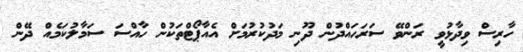
ހާރިސް ވިދާޅުވީ ރަންވޭ ސަރަހައްދުން ދޫނި މަދުކުރުމަށް އެއާޕޯޓްތަކުން ހާއްސަ ސަމާލުކަމެއް ދޭން